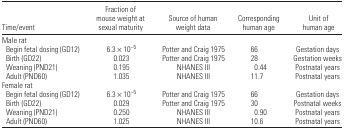
<table><thead><tr><td><b>Time/event</b></td><td><b>Fraction of mouse weight at sexual maturity</b></td><td><b>Source of human weight data</b></td><td><b>Corresponding human age</b></td><td><b>Unit of human age</b></td></tr></thead><tbody><tr><td colspan="5">Male rat</td></tr><tr><td> Begin fetal dosing (GD12)</td><td>6.3 × 10<sup>–5</sup></td><td>Potter and Craig 1975</td><td>66</td><td>Gestation days</td></tr><tr><td> Birth (GD22)</td><td>0.023</td><td>Potter and Craig 1975</td><td>28</td><td>Gestation weeks</td></tr><tr><td> Weaning (PND21)</td><td>0.195</td><td>NHANES III</td><td>0.44</td><td>Postnatal years</td></tr><tr><td> Adult (PND60)</td><td>1.035</td><td>NHANES III</td><td>11.7</td><td>Postnatal years</td></tr><tr><td colspan="5">Female rat</td></tr><tr><td> Begin fetal dosing (GD12)</td><td>6.3 × 10<sup>–5</sup></td><td>Potter and Craig 1975</td><td>66</td><td>Gestation days</td></tr><tr><td> Birth (GD22)</td><td>0.029</td><td>Potter and Craig 1975</td><td>30</td><td>Postnatal weeks</td></tr><tr><td> Weaning (PND21)</td><td>0.250</td><td>NHANES III</td><td>0.90</td><td>Postnatal years</td></tr><tr><td> Adult (PND60)</td><td>1.025</td><td>NHANES III</td><td>10.6</td><td>Postnatal years</td></tr></tbody></table>